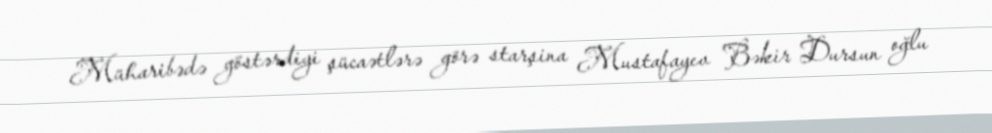
Müharibədə göstərdiyi şücaətlərə görə starşina Mustafayev Bəkir Dursun oğlu